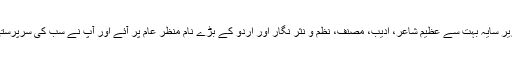
آپ کے زیر سایہ بہت سے عظیم شاعر، ادیب، مصنف، نظم و نثر نگار اور اردو کے بڑے نام منظر عام پر آئے اور آپ نے سب کی سرپرستی فرمائی۔